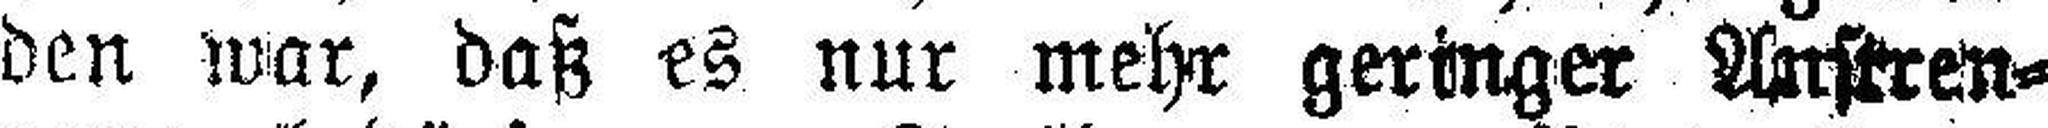
den war, daß es nur mehr geringer Anstren¬